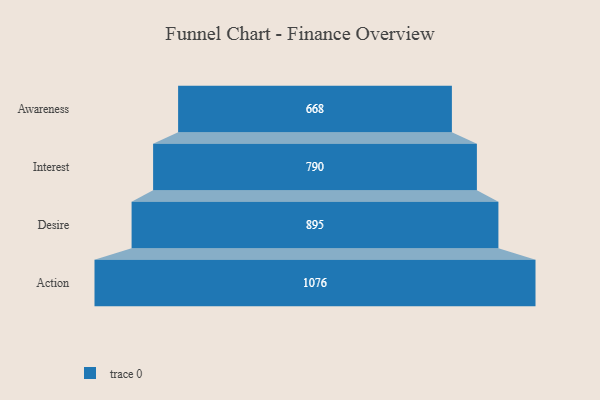
{"axis": {"x": "Stage", "y": "Value"}, "legend": [""], "data": [{"x": "Awareness", "y": 668.0, "type": ""}, {"x": "Interest", "y": 790.0, "type": ""}, {"x": "Desire", "y": 895.0, "type": ""}, {"x": "Action", "y": 1076.0, "type": ""}]}